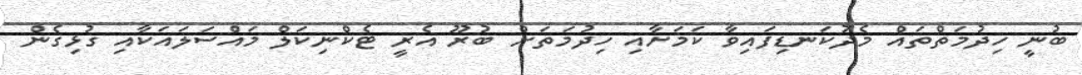
ބުނީ ހިދުމަތްތައް މެދުކަނޑިފައިވާ ކަމަށާއި ހިދުމަތަށް ބުރޫ އެރީ ޓެކްނިކަލް މައްސަލައަކާއި ގުޅިގެން